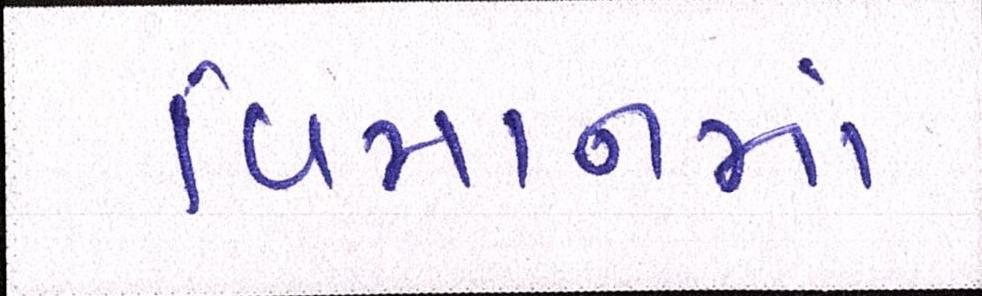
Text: વિમાનમાં